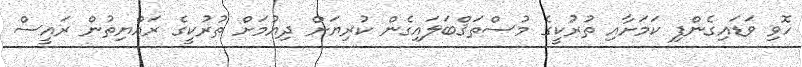
ހޮވި ވަޑައިގެންފި ކަމަށާއި ތުރުކީގެ މުސްތަޤްބަލައިގެން ކުރިޔަށް ދިއުމަށް ތުރުކީގެ ރައްޔިތުން ރައީސް